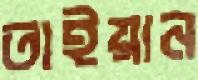
তাইয়ান